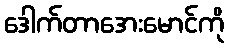
ဒေါက်တာအေးမောင်ကို